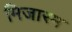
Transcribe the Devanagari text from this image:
मिजारम